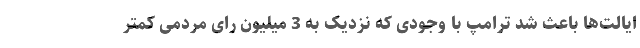
ایالت‌ها باعث شد ترامپ با وجودی که نزدیک به 3 میلیون رای مردمی کمتر